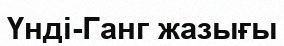
Үнді-Ганг жазығы